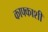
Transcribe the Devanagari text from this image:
काफ्काशी